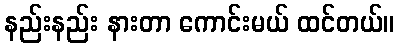
နည်းနည်း နားတာ ကောင်းမယ် ထင်တယ်။